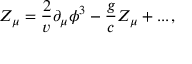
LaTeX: { \cal Z } _ { \mu } = \frac { 2 } { v } \partial _ { \mu } \phi ^ { 3 } - \frac { g } { c } Z _ { \mu } + . . . \, ,